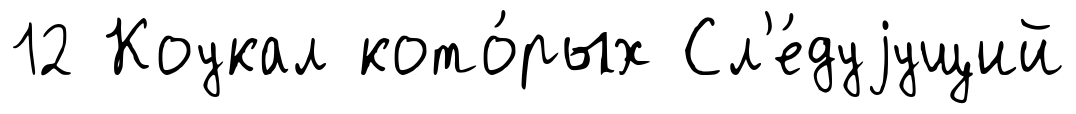
12 Коукал кото́рых Сл'е́дуjущий